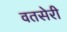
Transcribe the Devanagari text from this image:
वतसेरी